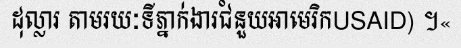
ដុល្លារ តាមរយៈទីភ្នាក់ងារជំនួយអាមេរិកUSAID) ។«